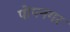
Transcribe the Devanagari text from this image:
पोपनगर